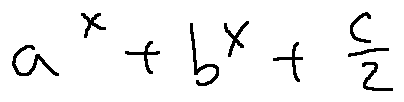
a ^ { x } + b ^ { x } + \frac { c } { 2 }